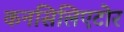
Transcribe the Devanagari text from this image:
कनसिलिएटोर